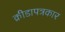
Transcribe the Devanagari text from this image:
क्रीडापत्रकार